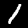
Digit: 1